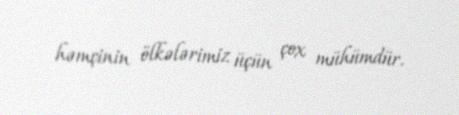
həmçinin ölkələrimiz üçün çox mühümdür.